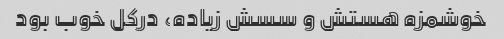
خوشمزه هستش و سسش زیاده، درکل خوب بود